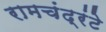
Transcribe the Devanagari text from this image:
रामचंद्रंटे